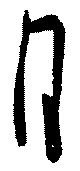
月